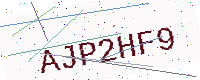
Text: AJP2HF9